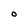
Character: 0